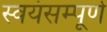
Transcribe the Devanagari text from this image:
स्वयंसम्पूर्ण